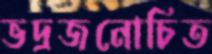
ভদ্রজনোচিত